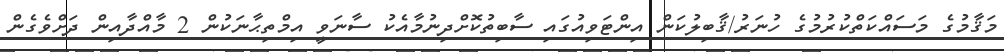
މަޤާމުގެ މަސައްކަތްކުރުމުގެ ހުނަރު/ޤާބިލުކަން އިންޓަވިއުގައި ސާބިތުކޮށްދިނުމާއެކު ސާނަވީ އިމްތިޙާނަކުން 2 މާއްދާއިން ދަށްވެގެން